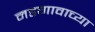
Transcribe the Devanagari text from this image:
मडगावाच्या